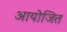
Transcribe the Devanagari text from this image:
आयोजित